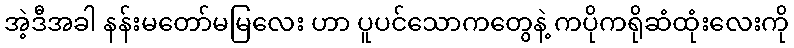
အဲ့ဒီအခါ နန်းမတော်မမြလေး ဟာ ပူပင်သောကတွေနဲ့ ကပိုကရိုဆံထုံးလေးကို